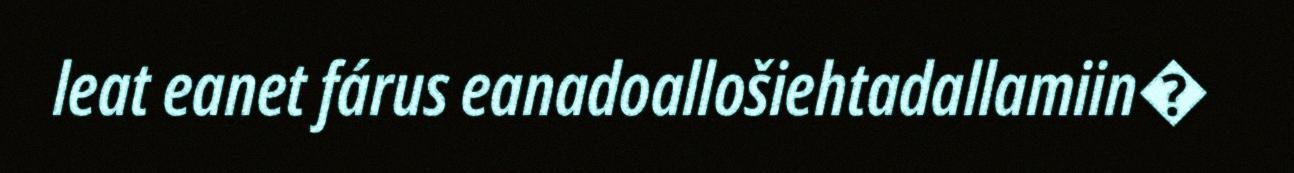
leat eanet fárus eanadoallošiehtadallamiin�